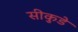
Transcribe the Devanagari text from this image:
सीकुडे